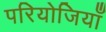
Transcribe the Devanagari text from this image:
परियोजियाँ